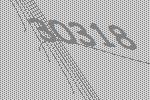
30318